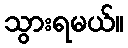
သွားရမယ်။